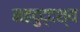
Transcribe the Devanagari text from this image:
महदुद्दश्य